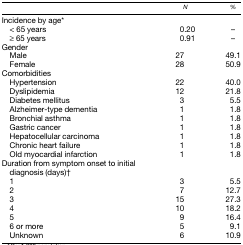
<table><thead><tr><td></td><td><b><i>N</i></b></td><td><b>%</b></td></tr></thead><tbody><tr><td>Incidence by age*</td><td></td><td></td></tr><tr><td> &lt; 65 years</td><td>0.20</td><td>–</td></tr><tr><td> ≥ 65 years</td><td>0.91</td><td>–</td></tr><tr><td>Gender</td><td></td><td></td></tr><tr><td> Male</td><td>27</td><td>49.1</td></tr><tr><td> Female</td><td>28</td><td>50.9</td></tr><tr><td>Comorbidities</td><td></td><td></td></tr><tr><td> Hypertension</td><td>22</td><td>40.0</td></tr><tr><td> Dyslipidemia</td><td>12</td><td>21.8</td></tr><tr><td> Diabetes mellitus</td><td>3</td><td>5.5</td></tr><tr><td> Alzheimer-type dementia</td><td>1</td><td>1.8</td></tr><tr><td> Bronchial asthma</td><td>1</td><td>1.8</td></tr><tr><td> Gastric cancer</td><td>1</td><td>1.8</td></tr><tr><td> Hepatocellular carcinoma</td><td>1</td><td>1.8</td></tr><tr><td> Chronic heart failure</td><td>1</td><td>1.8</td></tr><tr><td> Old myocardial infarction</td><td>1</td><td>1.8</td></tr><tr><td>Duration from symptom onset to initial diagnosis (days)†</td><td></td><td></td></tr><tr><td> 1</td><td>3</td><td>5.5</td></tr><tr><td> 2</td><td>7</td><td>12.7</td></tr><tr><td> 3</td><td>15</td><td>27.3</td></tr><tr><td> 4</td><td>10</td><td>18.2</td></tr><tr><td> 5</td><td>9</td><td>16.4</td></tr><tr><td> 6 or more</td><td>5</td><td>9.1</td></tr><tr><td> Unknown</td><td>6</td><td>10.9</td></tr></tbody></table>